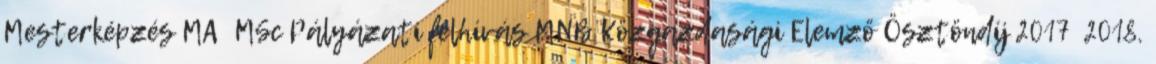
Mesterképzés MA MSc Pályázati felhívás MNB Közgazdasági Elemző Ösztöndíj 2017 2018.